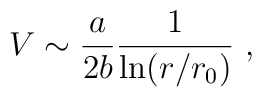
V\sim {a\over 2b}{1\over{\rm ln}(r/r_0)}~,